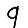
Digit: 9